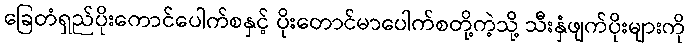
ခြေတံရှည်ပိုးကောင်ပေါက်စနှင့် ပိုးတောင်မာပေါက်စတို့ကဲ့သို့ သီးနှံဖျက်ပိုးများကို